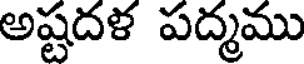
అష్టదళ పద్మము